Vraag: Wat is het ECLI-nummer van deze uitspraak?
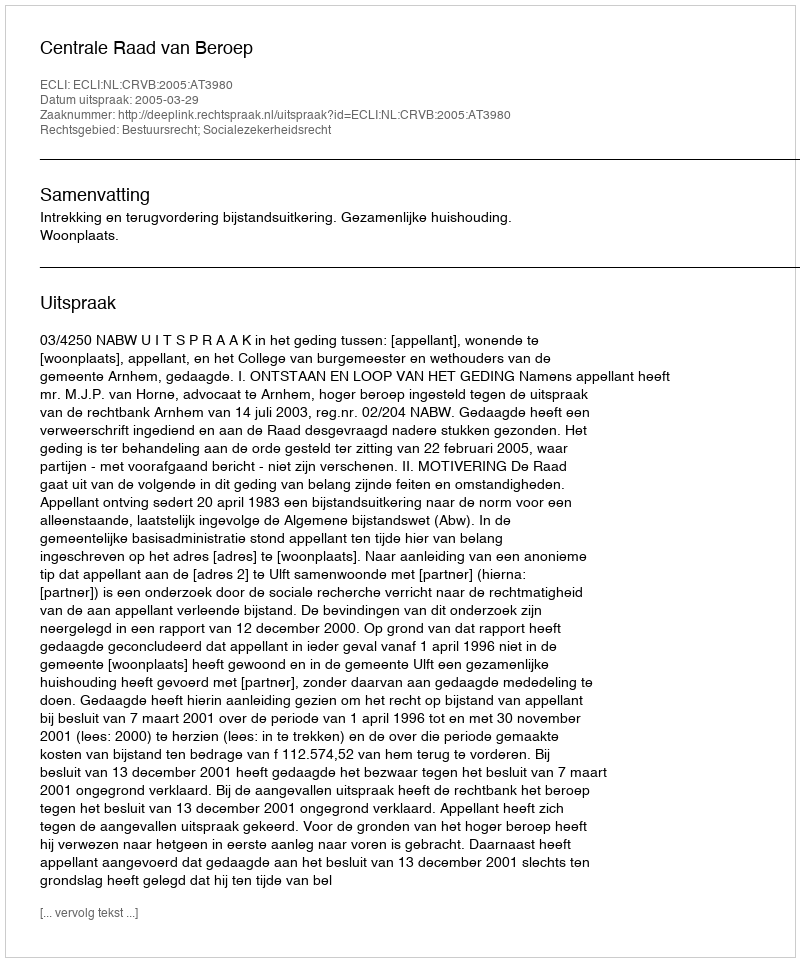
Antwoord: ECLI:NL:CRVB:2005:AT3980